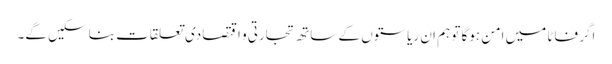
اگر فاٹا میں امن ہوگا تو ہم ان ریاستوں کے ساتھ تجارتی و اقتصادی تعلقات بنا سکیں گے۔